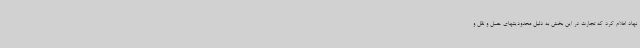
نهاد اعلام کرد که تجارت در این بخش به دلیل محدودیتهای حمل و نقل و